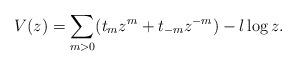
LaTeX: \begin{align*}V(z)=\sum_{m>0}(t_{m}z^{m}+t_{-m}z^{-m})-l\log z.\end{align*}